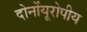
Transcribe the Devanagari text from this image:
दोनोंयूरोपीय